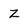
Character: z